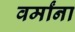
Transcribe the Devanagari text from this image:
वर्मांना